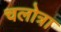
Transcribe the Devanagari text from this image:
चलोत्रा